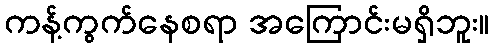
ကန့်ကွက်နေစရာ အကြောင်းမရှိဘူး။